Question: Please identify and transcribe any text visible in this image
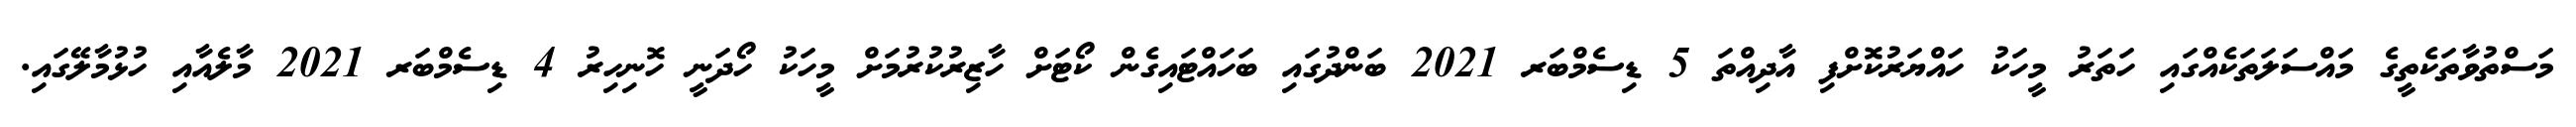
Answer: މަސްތުވާތަކެތީގެ މައްސަލަތަކެއްގައި ހަތަރު މީހަކު ހައްޔަރުކޮށްފި އާދިއްތަ 5 ޑިސެމްބަރ 2021 ބަންދުގައި ބަހައްޓައިގެން ކޯޓަށް ހާޒިރުކުރުމަށް މީހަކު ހޯދަނީ ހޮނިހިރު 4 ޑިސެމްބަރ 2021 މާލެއާއި ހުޅުމާލޭގައި.